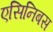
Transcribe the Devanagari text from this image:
एसिनिबस